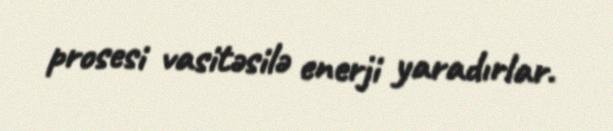
prosesi vasitəsilə enerji yaradırlar.